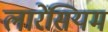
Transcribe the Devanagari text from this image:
लारेंसियम